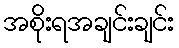
အစိုးရအချင်းချင်း